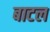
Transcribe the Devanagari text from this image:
बाटल